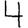
Digit: 4